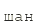
шан